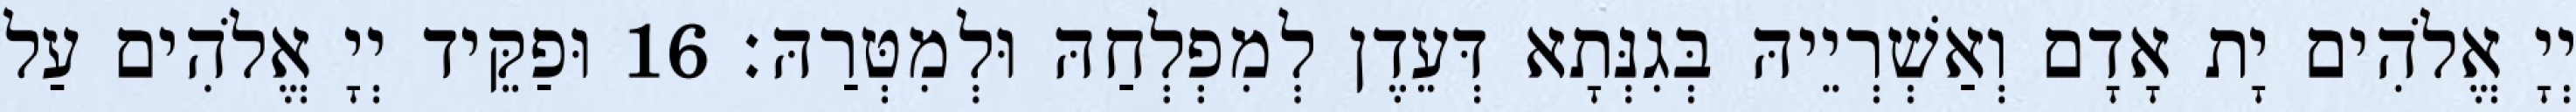
יְיָ אֱלֹהִים יָת אָדָם וְאַשְׁרְיֵיהּ בְּגִנְּתָא דְּעֵדֶן לְמִפְלְחַהּ וּלְמִטְּרַהּ׃ 16 וּפַקֵּיד יְיָ אֱלֹהִים עַל